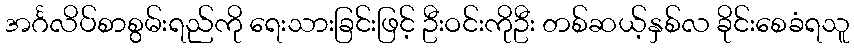
အင်္ဂလိပ်စာစွမ်းရည်ကို ရေးသားခြင်းဖြင့် ဦးဝင်းကိုဦး တစ်ဆယ့်နှစ်လ ခိုင်းစေခံရသူ